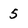
Character: 5